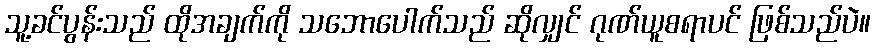
သူ့ခင်ပွန်းသည် ထိုအချက်ကို သဘောပေါက်သည် ဆိုလျှင် ဂုဏ်ယူစရာပင် ဖြစ်သည်ပဲ။